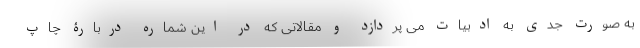
به صورت جدی به ادبیات می پردازد و مقالاتی که در این شماره دربارۀ چاپ